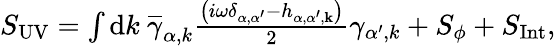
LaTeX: \begin{array}{r}{S_{\mathrm{{UV}}}=\int\mathrm{d}{k}\ \overline{{\gamma}}_{\alpha,{k}}\frac{\left(i\omega\delta_{\alpha,\alpha^{\prime}}-h_{\alpha,\alpha^{\prime},\mathbf{k}}\right)}{2}\gamma_{\alpha^{\prime},{k}}+S_{\phi}+S_{\mathrm{Int}},}\end{array}